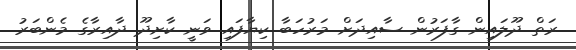
ރަތް ދޫލައިން ގާފަރުން ސާއިދަށް މަރުހަބާ ކިޔާފައި ވަނީ ކާށިދޫ ދާއިރާގެ މެންބަރު